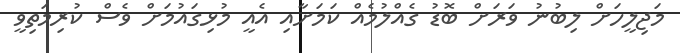
މަޖިލީހަށް ލިބުނު ވަރަށް ބޮޑު ގެއްލުމެއް ކަމަށާއި އެއީ މުޅިގައުމަށް ވެސް ކުރިމަތިވީ